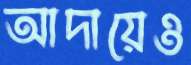
আদায়েও